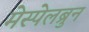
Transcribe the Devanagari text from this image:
मेस्पेलब्रुन